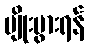
မျိုးပွားရန်